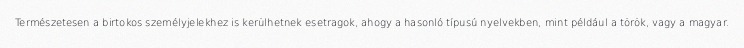
Természetesen a birtokos személyjelekhez is kerülhetnek esetragok, ahogy a hasonló típusú nyelvekben, mint például a török, vagy a magyar.